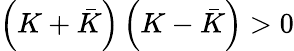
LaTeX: \left(K+\bar{K}\right)\left(K-\bar{K}\right)>0